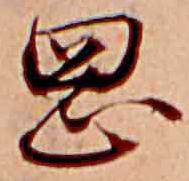
岡